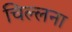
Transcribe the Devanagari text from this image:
चिल्लना